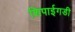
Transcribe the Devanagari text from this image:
शिपाईगडी